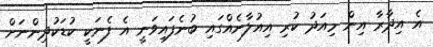
އެ އިދާރާ އިން މިއަދު ކުރި އިއުލާނެއްގައި ބުނެފައިވަނީ އެ ފެނަކީ ކުޑަކުދިންނަަށް